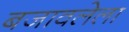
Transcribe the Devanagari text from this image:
बजावलेला